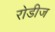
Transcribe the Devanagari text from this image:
रोडीज